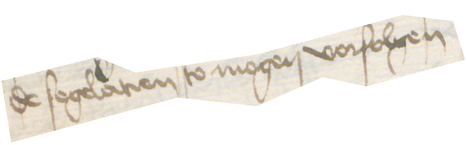
de segelatien to mogen vorfolgen